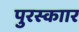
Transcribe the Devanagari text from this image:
पुरस्काार